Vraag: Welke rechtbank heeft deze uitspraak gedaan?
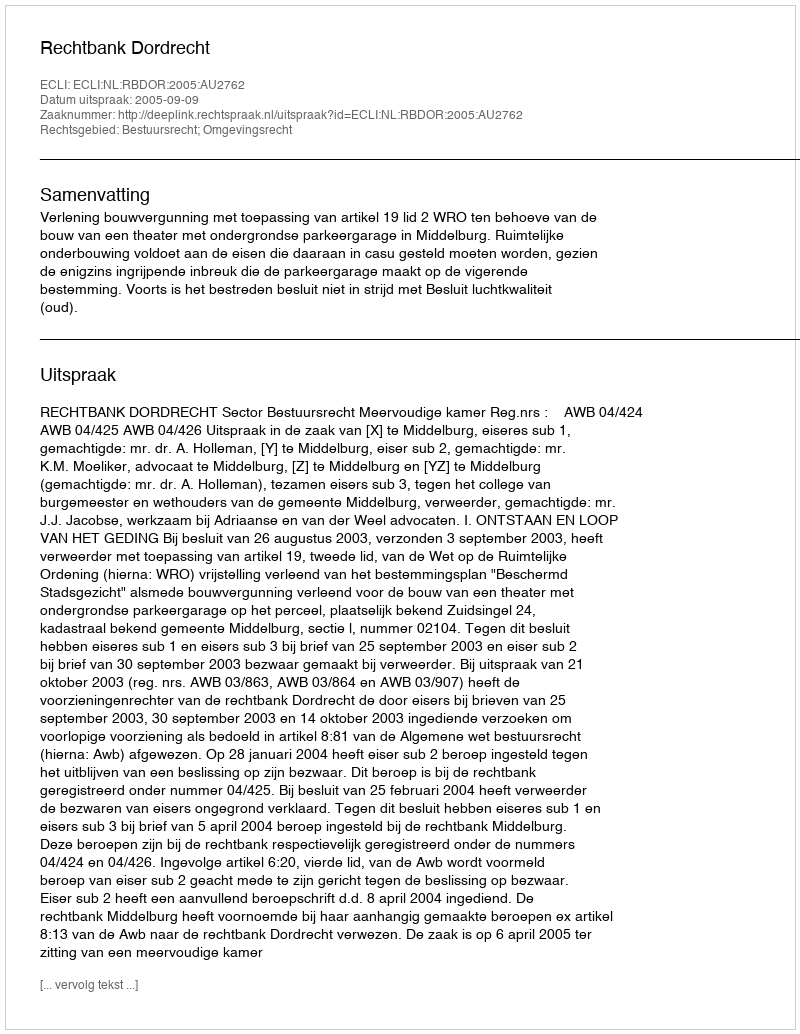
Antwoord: Rechtbank Dordrecht